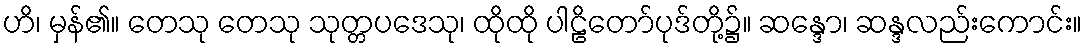
ဟိ၊ မှန်၏။ တေသု တေသု သုတ္တပဒေသု၊ ထိုထို ပါဠိတော်ပုဒ်တို့၌။ ဆန္ဒော၊ ဆန္ဒလည်းကောင်း။